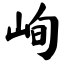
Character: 峋